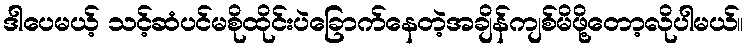
ဒါပေမယ့် သင့်ဆံပင်မစိုထိုင်းပဲခြောက်နေတဲ့အချိန်ကျစ်မိဖို့တော့လိုပါမယ်။